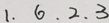
1 . 6 . 2 . 3